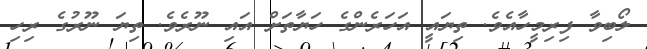
ލޯބިވާ ފިރިމީހާއެވެ. ތިޔައީ އަހަރެންގެ ހަޔާތަށް އައި ނޫރެވެ. ތިޔަ ނޫރުގެ ރިހި